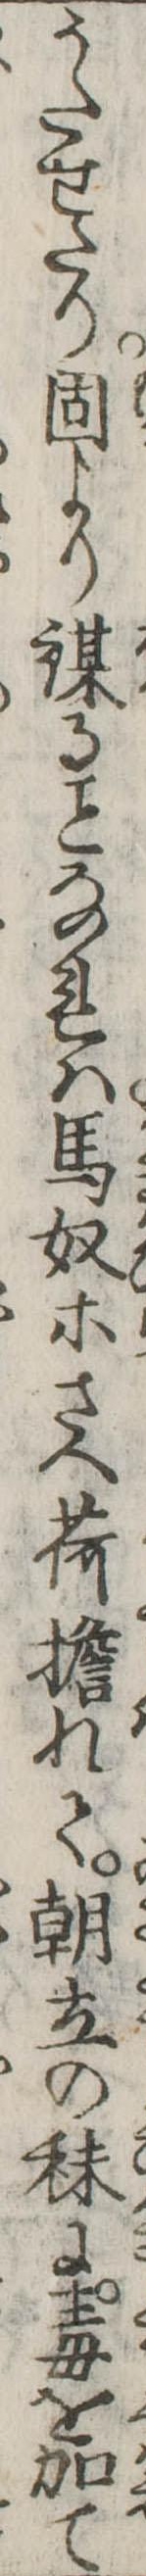
うたせたり固より謀るなれは馬奴等さへ荷担れて朝立の秣に毒を加て